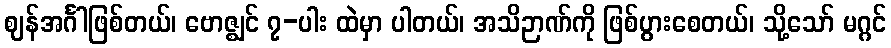
ဈန်အင်္ဂါဖြစ်တယ်၊ ဗောဇ္ဈင် ၇-ပါး ထဲမှာ ပါတယ်၊ အသိဉာဏ်ကို ဖြစ်ပွားစေတယ်၊ သို့သော် မဂ္ဂင်